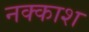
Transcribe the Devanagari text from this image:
नक्‍काश